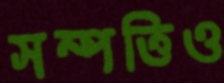
সম্পত্তিও